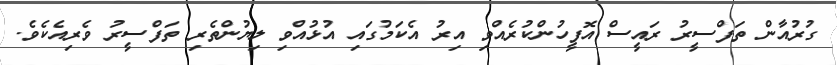
ގުރުއާން ތަފްސީރު ރައީސް އޮފީހުންކުރެއްވި އިރު އެކަމުގައި އުޅުއްވި ލިޔުންތެރި ތަފްސީރު ވެރިއެކެވެ.